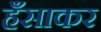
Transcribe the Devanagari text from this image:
हँसाकर